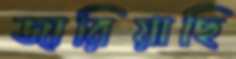
জারিয়াছি